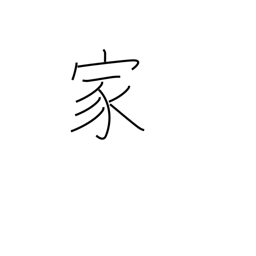
Meaning: expert